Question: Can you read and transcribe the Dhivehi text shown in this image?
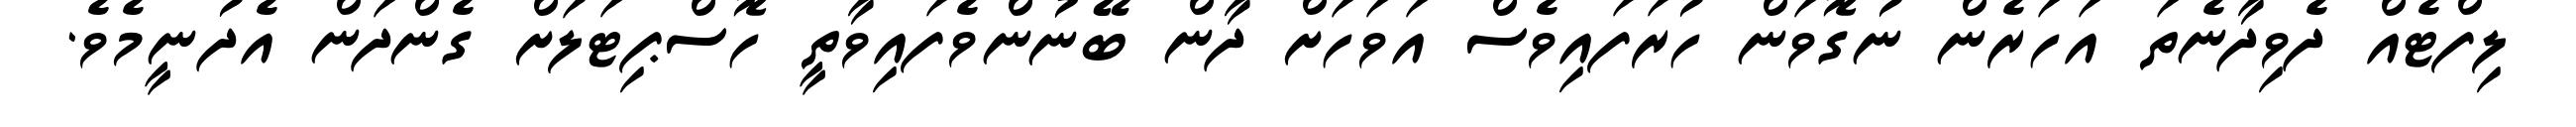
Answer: ލިފްޓެއް ދެވިދާނެތަ އަހަރެން ނުގޮވަން ހުރަފައިވެސް އަވަހަށް ދާން ބޭނުންވެފައިވާތީ ހޮސްޕިޓަލަށް ގެންދަން އެދުނީމެވެ.